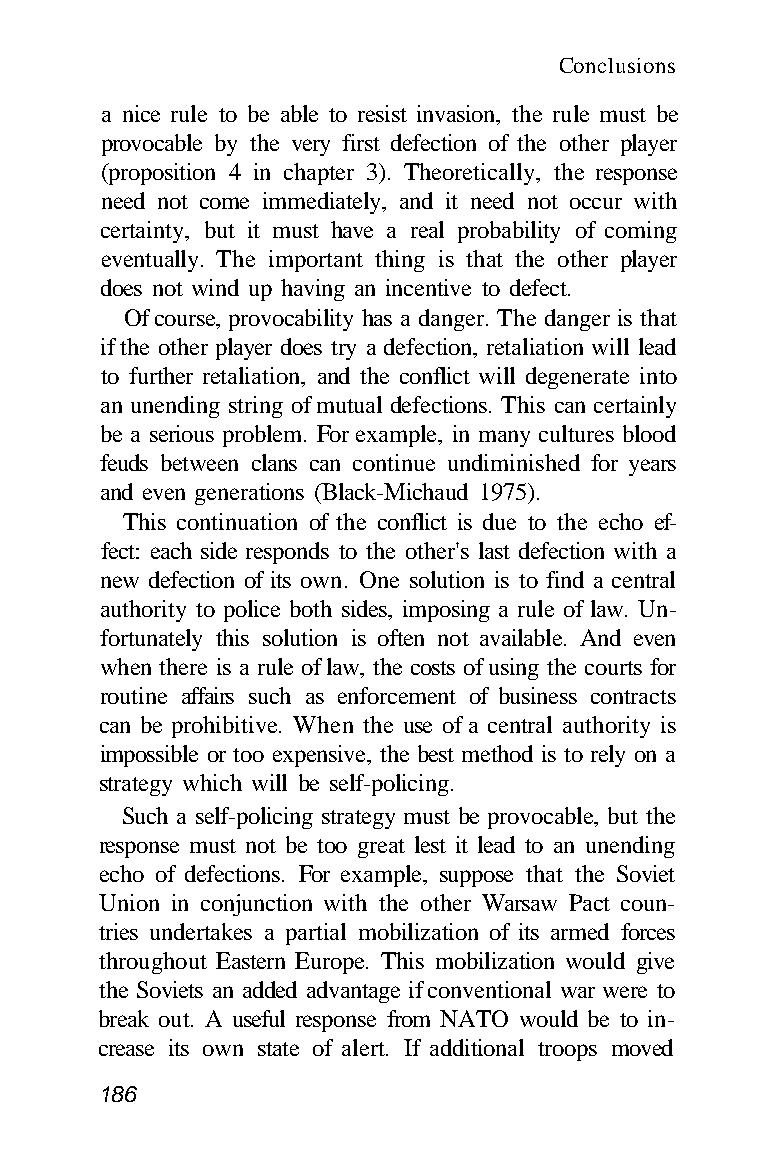
Conclusions
 a nice rule to be able to resist invasion, the rule must be
 provocable by the very first defection of the other player
 (proposition 4 in chapter 3). Theoretically, the response
 need not come immediately, and it need not occur with
 certainty, but it must have a real probability of coming
 eventually. The important thing is that the other player
 does not wind up having an incentive to defect.
 Of course, provocability has a danger. The danger is that
 if the other player does try a defection, retaliation will lead
 to further retaliation, and the conflict will degenerate into
 an unending string of mutual defections. This can certainly
 be a serious problem. For example, in many cultures blood
 feuds between clans can continue undiminished for years
 and even generations (Black-Michaud 1975).
 This continuation of the conflict is due to the echo ef-
 fect: each side responds to the other's last defection with a
 new defection of its own. One solution is to find a central
 authority to police both sides, imposing a rule of law. Un-
 fortunately this solution is often not available. And even
 when there is a rule of law, the costs of using the courts for
 routine affairs such as enforcement of business contracts
 can be prohibitive. When the use of a central authority is
 impossible or too expensive, the best method is to rely on a
 strategy which will be self-policing.
 Such a self-policing strategy must be provocable, but the
 response must not be too great lest it lead to an unending
 echo of defections. For example, suppose that the Soviet
 Union in conjunction with the other Warsaw Pact coun-
 tries undertakes a partial mobilization of its armed forces
 throughout Eastern Europe. This mobilization would give
 the Soviets an added advantage if conventional war were to
 break out. A useful response from NATO would be to in-
 crease its own state of alert. If additional troops moved
 186